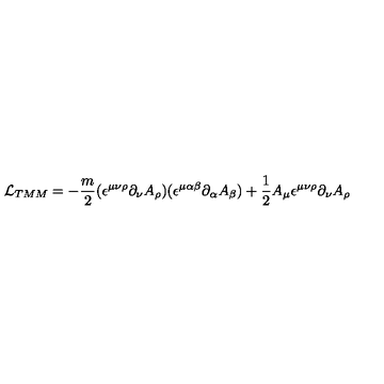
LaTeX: { \cal L } _ { T M M } = - { \frac { m } { 2 } } ( \epsilon ^ { \mu \nu \rho } \partial _ { \nu } A _ { \rho } ) ( \epsilon ^ { \mu \alpha \beta } \partial _ { \alpha } A _ { \beta } ) + { \frac { 1 } { 2 } } A _ { \mu } \epsilon ^ { \mu \nu \rho } \partial _ { \nu } A _ { \rho }